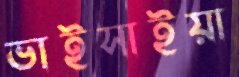
ভাইসাইয়া